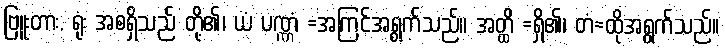
ဗြူးတား, ရုံး အစရှိသည် တို့၏၊ ယံ ပဏ္ဏံ =အကြင်အရွက်သည်။ အတ္ထိ =ရှိ၏၊ တံ=ထိုအရွက်သည်။